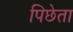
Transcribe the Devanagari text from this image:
पिछेता